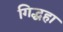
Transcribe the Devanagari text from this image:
गिद्धहा